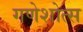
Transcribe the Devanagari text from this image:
गणेशोत्स